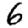
Digit: 6